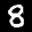
Label: 8